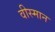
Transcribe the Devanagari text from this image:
वीस्मान